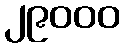
၂၉၀၀၀